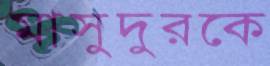
মাসুদুরকে